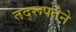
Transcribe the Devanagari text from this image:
तद्‌रूपतेने